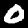
Label: 0